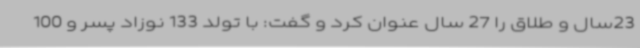
23سال و طلاق را 27 سال عنوان کرد و گفت: با تولد 133 نوزاد پسر و 100